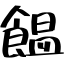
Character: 饂